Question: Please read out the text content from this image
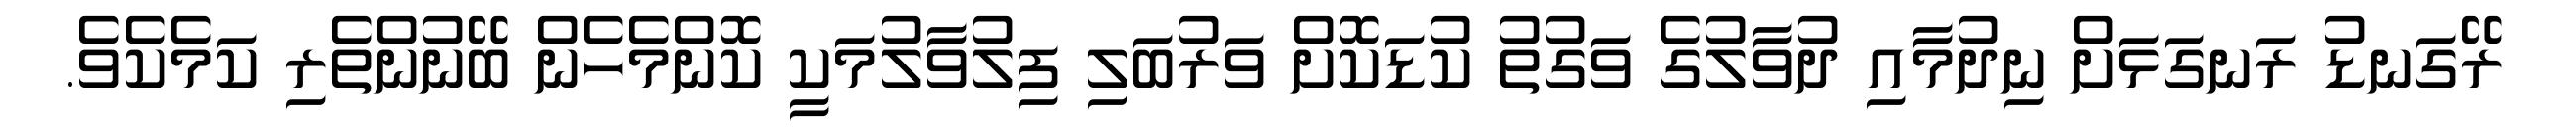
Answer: ރޭގަނޑު ރަނގަޅަށް ނިދުމާއި ދުވާލުގެ ވަގުތު ކުޑަކޮށް ވަރުބަލި ފިލުވާލުމަކީ ކޮންމެހެން ބޭނުންތެރި ކަމެކެވެ.